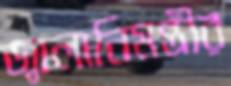
জ্বালানিমন্ত্রীর